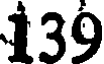
139